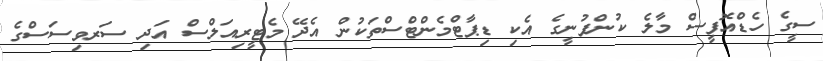
ސީގެ ހެޑްއޮފީސް މާލެ ކުންފުނީގެ އެކި ޑިޕާޓްމެންޓްސްތަކުން އެދޭ މެޓީރިއަލްސް އަދި ސަރވިސަސްގެ